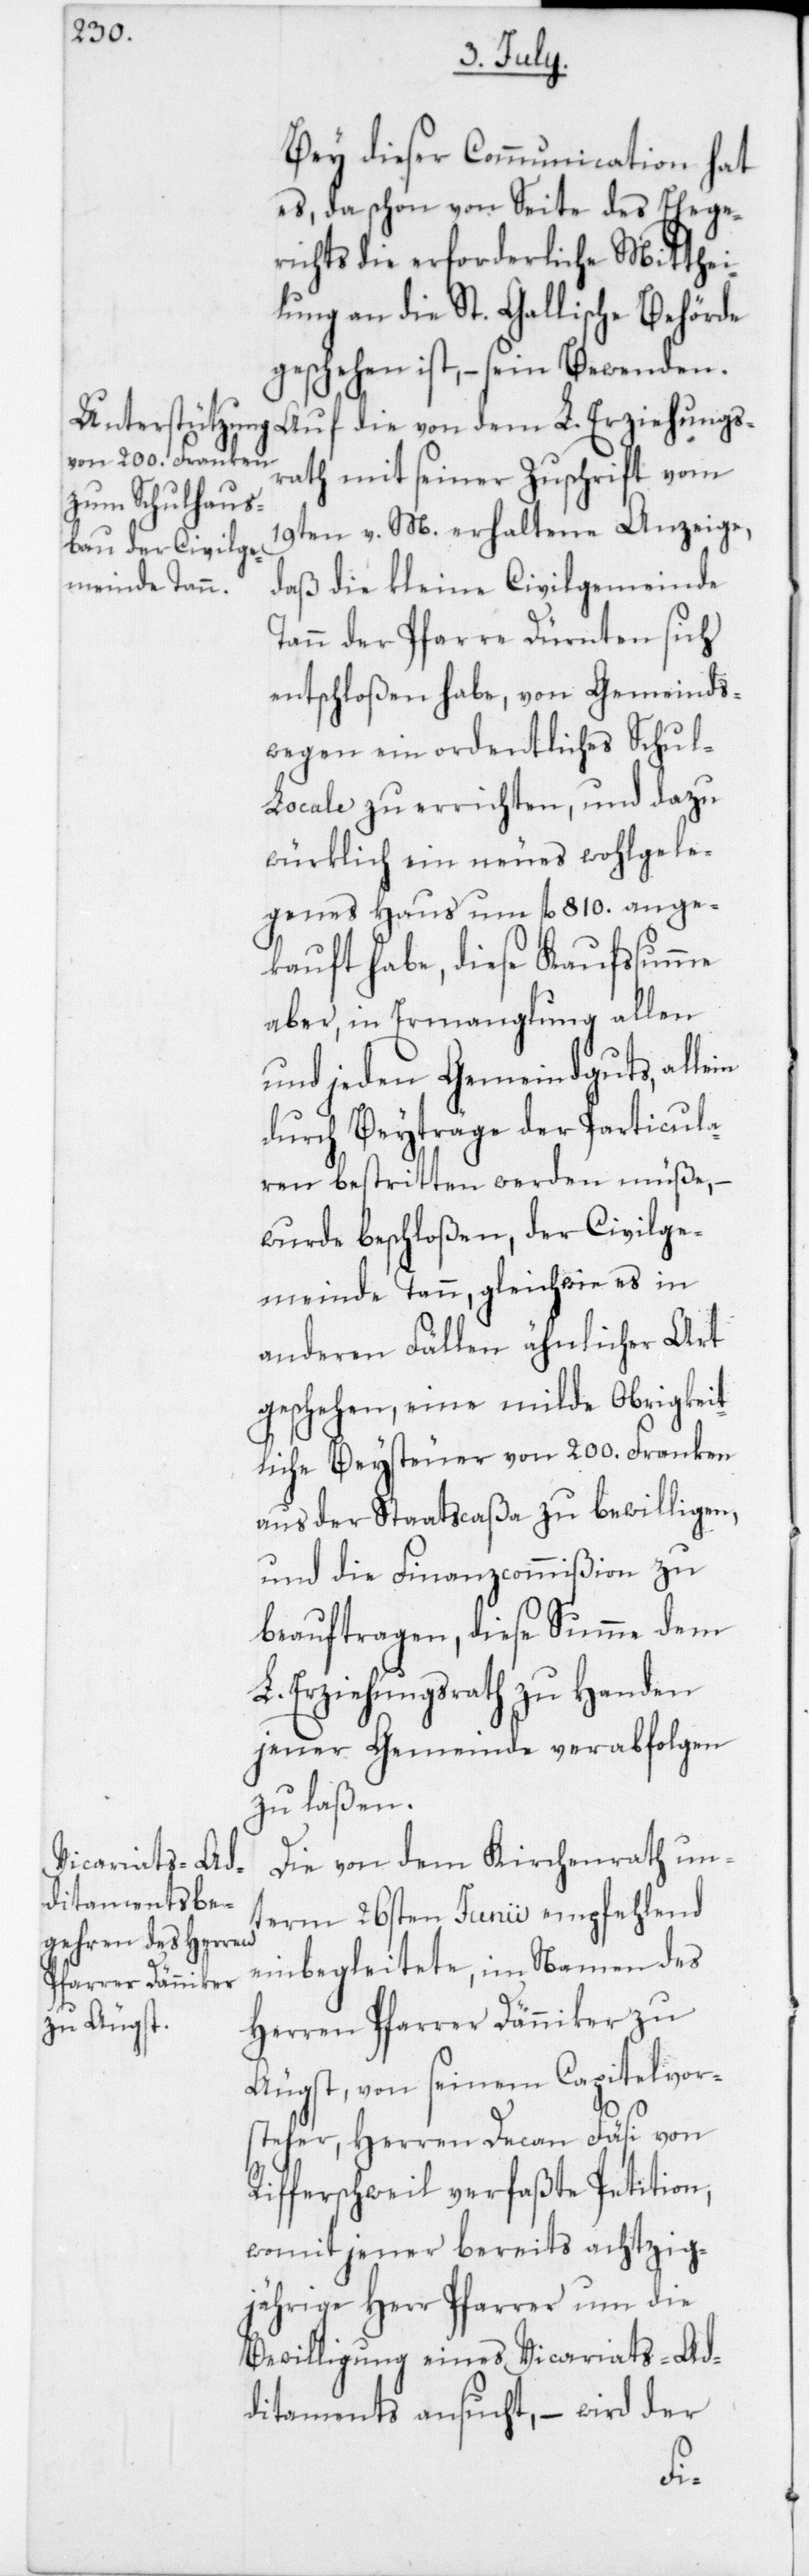
Bey dieser Communication hat
es, da schon von Seite des Ehege¬
richts die erforderliche Mitthei¬
lung an die St. Gallische Behörde
geschehen ist, – sein Bewenden.
Auf die von dem L. Erziehungs¬
rath mit seiner Zuschrift vom
19ten v. M. erhaltene Anzeige,
daß die kleine Civilgemeinde
Tann der Pfarre Dürnten sich
entschloßen habe, von Gemeinds¬
wegen ein ordentliches Schul-L¬
ocale zu errichten, und dazu
würklich ein neues wohlgele¬
genes Haus um fl. 810 ange¬
kauft habe, diese Kaufsumme
aber, in Ermangelung allen
und jeden Gemeindguts, allein
durch Beyträge der Particula¬
ren bestritten werden müße,
wurde beschloßen, der Civilge¬
meinde Tann, gleich wie es in
anderen Fällen ähnlicher Art
geschehen, eine milde Obrigkeit¬
liche Beysteuer von 200. Franken
aus der Staatscaßa zu bewilligen,
und die Finanzcommißion zu
beauftragen, diese Summe dem
L. Erziehungsrath zu Handen
jener Gemeinde verabfolgen
zu laßen.
Die von dem Kirchenrath un¬
term 26sten Junii empfehlend
einbegleitete, im Namen des
Herren Pfarrer Dänniker zu
Äugst, von seinem Capitelvor¬
steher, Herren Decan Fäsi von
Rifferschweil verfaßte Petition,
womit jener bereits achtzig¬
jährige Herr Pfarrer um die
Bewilligung eines Vicariats-Ad¬
ditaments ansucht, – wird der